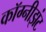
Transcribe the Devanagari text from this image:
कॉग्नीझंट